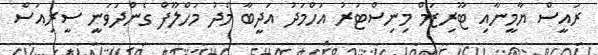
ރައީސް ޔާމީނާއި ޓޫރިޒަމް މިނިސްޓަރު އަހްމަދު އަދީބާ މެދު މަހްލޫފް ގެންދަވަނީ ސީރިއަސް